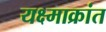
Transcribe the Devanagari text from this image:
यक्ष्माक्रांत